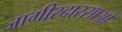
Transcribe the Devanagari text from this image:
जागीरदारसाओ